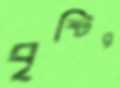
বৃষ্টির